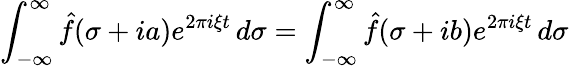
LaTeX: \int_{-\infty}^{\infty}{\hat{f}}(\sigma+ia)e^{2\pi i\xi t}\, d\sigma=\int_{-\infty}^{\infty}{\hat{f}}(\sigma+ib)e^{2\pi i\xi t}\, d\sigma